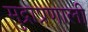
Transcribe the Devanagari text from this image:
मुद्राप्रणाली